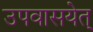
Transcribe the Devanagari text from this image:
उपवासयेत्